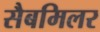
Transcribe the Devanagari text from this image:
सैबमिलर